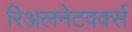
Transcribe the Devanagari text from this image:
रिअलनेटवर्क्स